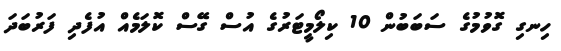
ހިނގި ގޮވުމުގެ ސަބަބުން 10 ކިލޯމީޓަރުގެ އުސް ގޭސް ކޮލަމެއް އުފެދި ފަރުބަދަ